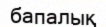
бапалық